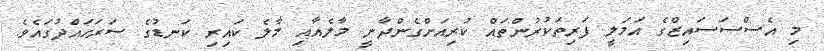
މި އެސްސަސައިޒްގެ އަމަލީ ފަރިތަކުރުންތައް ކުރިއަށްގެންދާނީ މާލެއާއި މާލެ ކައިރި ކަނޑުގެ ސަރަހައްދުގައެވެ.